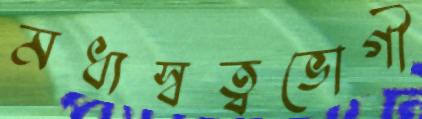
মধ্যস্বত্বভোগী